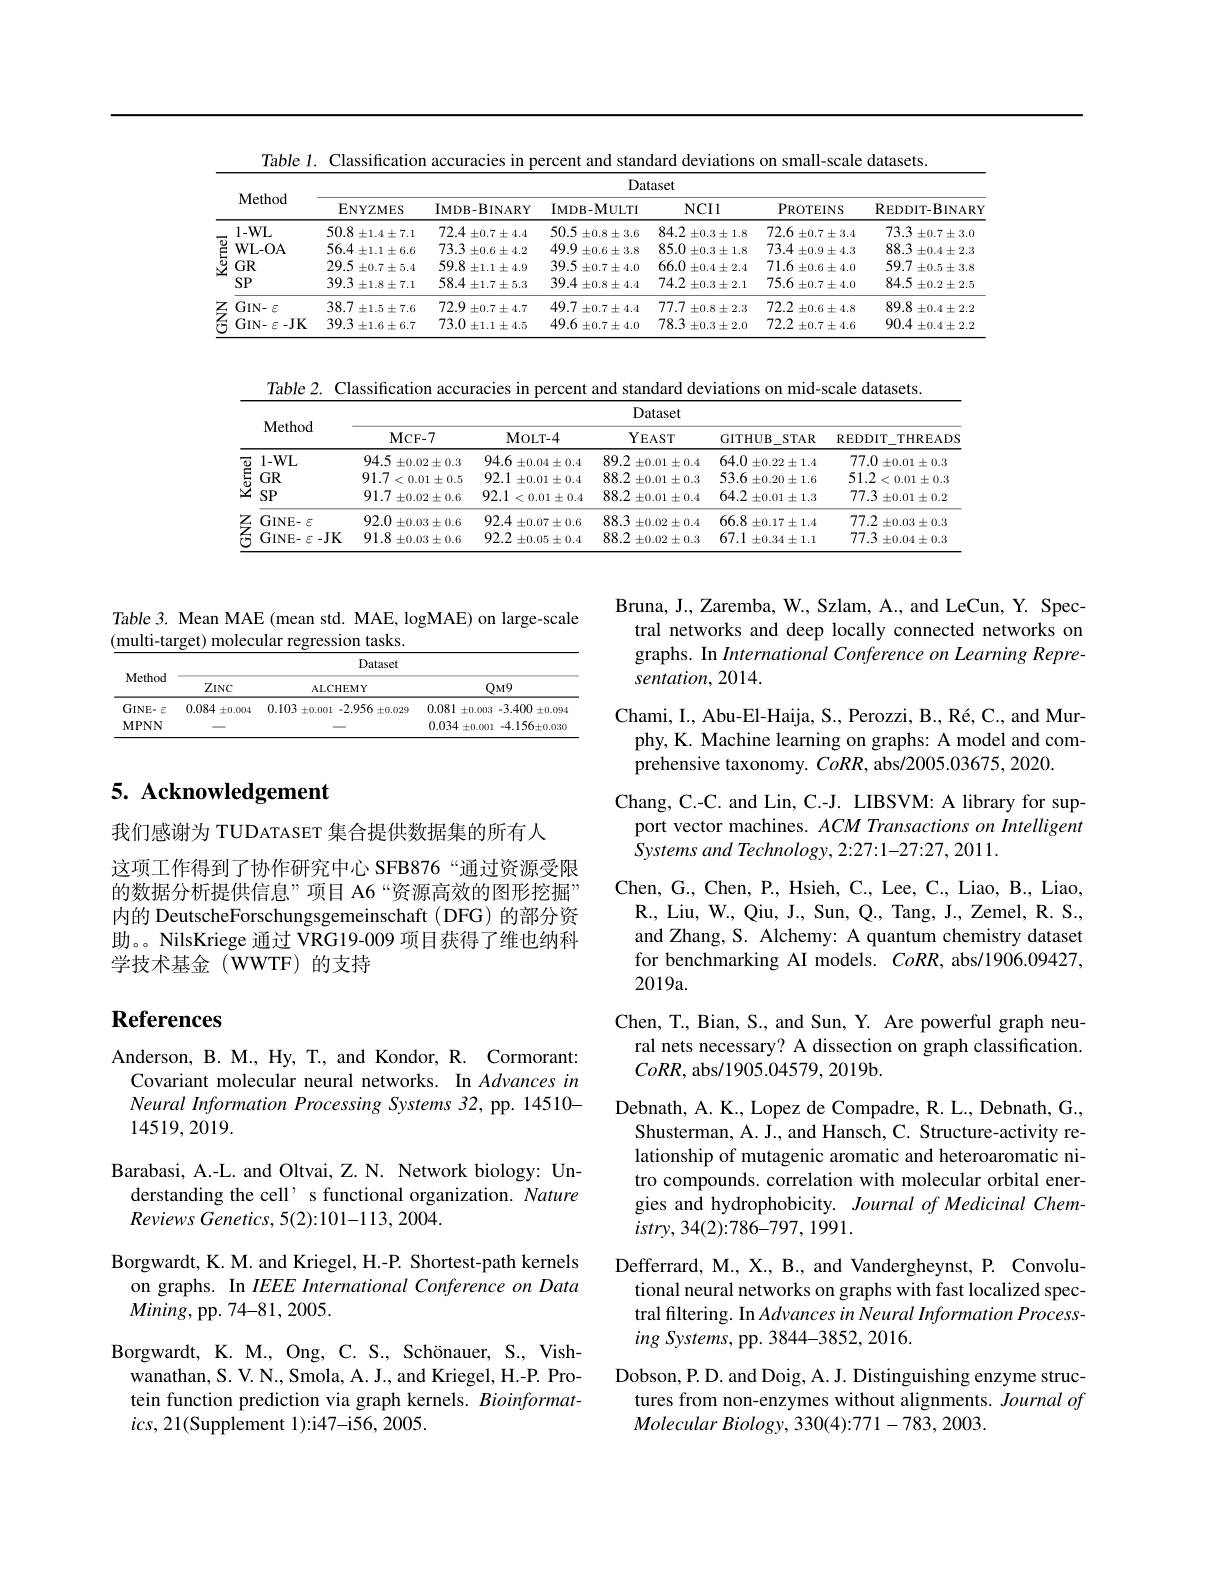
Table 1. Classification accuracies in percent and standard deviations on small-scale datasets.
<table>
	<tbody>
		<tr>
			<th> </th>
			<th rowspan="2">Method</th>
			<th colspan="6">Dataset</th>
		</tr>
		<tr>
			<th> </th>
			<th>ENYZMES</th>
			<th>$IMDB-BINARY$</th>
			<th>$IMDB-MULTI$</th>
			<th>NCIl</th>
			<th>PROTEINS</th>
			<th>REDDIT- BINAR</th>
		</tr>
		<tr>
			<td rowspan="4">$\begin{array}{c}{{\overline{\underrightarrow{0}}}}\\{{\underline{5}}}\\{{\underline{2}}}\end{array}$</td>
			<td>$1-WL$</td>
			<td>50.8= $\pm1.4\pm7.1$</td>
			<td>$72.4\pm0.7\pm4.4$</td>
			<td>50.5 $\pm0.8\pm3.6$</td>
			<td>84.2 $\pm0.3\pm1.8$ 1</td>
			<td>72.6 $\pm0.7\pm3.4$</td>
			<td>$73.3\pm0.7\pm3.0$</td>
		</tr>
		<tr>
			<td>$\mathbf{WL-OA}$</td>
			<td>$56.4\pm1.1\pm6.6$</td>
			<td>$73.3\pm0.6\pm4.2$</td>
			<td>49.9 $\pm0.6\pm3.8$</td>
			<td>85.0 $\pm0.3\pm1.8$</td>
			<td>$73.4\pm0.9\pm4.3$</td>
			<td>88.3 5. $\pm0.4\pm2.3$</td>
		</tr>
		<tr>
			<td>$GR$</td>
			<td>29.5 $\pm0.7\pm5.4$</td>
			<td>59.8 $\pm1.1\pm4.9$</td>
			<td>39.5 $\pm0.7\pm4.0$</td>
			<td>66.0 $\pm0.4\pm2.4$</td>
			<td>$71.6\pm0.6\pm4.0$</td>
			<td>59.7 $\pm0.5\pm3.8$</td>
		</tr>
		<tr>
			<td>SP</td>
			<td>$39.3\pm1.8\pm7.1$</td>
			<td>$58.4\pm1.7\pm5.3$</td>
			<td>$39.4\pm0.8\pm4.4$</td>
			<td>74.2 : $\pm0.3\pm2.1$</td>
			<td>$75.6\pm0.7\pm4.0$</td>
			<td>84.5 $\pm0.2\pm2.5$</td>
		</tr>
		<tr>
			<td rowspan="2">$Z$</td>
			<td>$GIN-\varepsilon$</td>
			<td>38.7 $\pm1.5\pm7.6$</td>
			<td>72.9 $\pm0.7\pm4.7$</td>
			<td>49.7 $\pm0.7\pm4.4$</td>
			<td>77.7 $\pm0.8\pm2.3$</td>
			<td>72.2 $\pm0.6\pm4.8$</td>
			<td>$89.8\pm0.4\pm2.2$</td>
		</tr>
		<tr>
			<td>GIN- $\varepsilon$- JK</td>
			<td>39.3 ; $\pm1.6\pm6.7$</td>
			<td>73.0 $\pm1.1\pm4.5$</td>
			<td>$49.6\pm0.7\pm4.0$</td>
			<td>78.3= $\pm0.3\pm2.0$</td>
			<td>72.2 $\pm0.7\pm4.6$</td>
			<td>$90.4\pm0.4\pm2.2$</td>
		</tr>
	</tbody>
</table>

Table 2. Classification accuracies in percent and standard deviations on mid-scale datasets.
<table>
	<tbody>
		<tr>
			<th> </th>
			<th rowspan="2">Method</th>
			<th colspan="5">Dataset</th>
		</tr>
		<tr>
			<th> </th>
			<th>MCF- 7</th>
			<th>MoLT- 4</th>
			<th>$YEAST$</th>
			<th>GITHUB STAR</th>
			<th>REDDIT THREADS</th>
		</tr>
		<tr>
			<td rowspan="3">1 </td>
			<td>$1-WL$</td>
			<td>94.5 $\pm0.02\pm0.3$</td>
			<td>94.6 $\pm0.04\pm0.4$ 1</td>
			<td>89.2 $\pm0.01\pm0.4$</td>
			<td>64.0 1. $\pm0.22\pm1.4$</td>
			<td>77.0 $\pm0.01\pm0.3$</td>
		</tr>
		<tr>
			<td>$GR$</td>
			<td>$91.7<0.01\pm0.5$</td>
			<td>92.1 $\pm0.01\pm0.4$</td>
			<td>88.2 $\pm0.01\pm0.3$</td>
			<td>53.6= $\pm0.20\pm1.6$</td>
			<td>$51.2<0.01\pm0.3$</td>
		</tr>
		<tr>
			<td>SP</td>
			<td>91.7= $\pm0.02\pm0.6$</td>
			<td>$92.1<0.01\pm0.4$</td>
			<td>88.2 $\pm0.01\pm0.4$ 1 </td>
			<td>64.2 $\pm0.01\pm1.3$ 1</td>
			<td>$77.3\pm0.01\pm0.2$</td>
		</tr>
		<tr>
			<td rowspan="2">$Z$</td>
			<td>GINE- $\Xi$</td>
			<td>92.0 $\pm0.03\pm0.6$</td>
			<td>$92.4\pm0.07\pm0.6$</td>
			<td>88.3 $\pm0.02\pm0.4$</td>
			<td>66.8= $\pm0.17\pm1.4$</td>
			<td>$77.2\pm0.03\pm0.3$ </td>
		</tr>
		<tr>
			<td>GINE- $\xi$- JK</td>
			<td>91.8 $\pm0.03\pm0.6$</td>
			<td>92.2 $\pm0.05\pm0.4$</td>
			<td>88.2 $\pm0.02\pm0.3$</td>
			<td>67.1 $\pm0.34\pm1.1$</td>
			<td>77.3 $\pm0.04\pm0.3$</td>
		</tr>
	</tbody>
</table>

Table 3. Mean MAE (mean std. MAE, logMAE) on large-scale
$(\underline{\text{multi-target) molecular regression tasks.}}$

<table>
	<tbody>
		<tr>
			<th rowspan="2">Method</th>
			<th colspan="4">Dataset</th>
		</tr>
		<tr>
			<th>$ZINC$</th>
			<th>ALCHEMY</th>
			<th colspan="2">QM9</th>
		</tr>
		<tr>
			<td>$GINE.$ $\cdot E$</td>
			<td>0.084 $\pm0.004$</td>
			<td>0.103 3 $\pm 0. 001$ -2.956 $5\pm0.029$</td>
			<td>0.081 $\pm0.003$</td>
			<td>-3.400 i $\pm0.09.0$</td>
		</tr>
		<tr>
			<td>MPNN</td>
			<td> </td>
			<td> </td>
			<td>0.034 $\pm0.001$</td>
			<td>D1 $-4.156\pm0.030$</td>
		</tr>
	</tbody>
</table>

## 5. Acknowledgement

我们感谢为 TUDATASET 集合提供数据集的所有人
这项工作得到了协作研究中心 SFB876“通过资源受限的数据分析提供信息”项目 A6“资源高效的图形挖掘” 内的 DeutscheForschungsgemeinschaft (DFG) 的部分资助。。NilsKriege 通过 VRG19-009 项目获得了维也纳科学技术基金(WWTF)的支持

Bruna, J., Zaremba, W., Szlam, A., and LeCun, Y. Spectral networks and deep locally connected networks on graphs. In International Conference on Learning Representation, 2014.
Chami, I. , Abu- El- Haija, S. , Perozzi, B. , R$\acute{e}$, C. , and Mur- phy, K. Machine learning on graphs: A model and comprehensive taxonomy. $CoRR$, abs/2005.03675, 2020.
Chang, C.-C. and Lin, C.-J. LIBSVM: A library for sup-
port vector machines. $ACM\textit{Transactions on Intelligent}$
Systems and Technology, 2:27:1-27:27, 2011.
Chen, G., Chen, P., Hsieh, C., Lee, C., Liao, B., Liao, $\mathbf{R}.$, Liu, W., Qiu, J., Sun, Q., Tang, J., Zemel, R. S., and Zhang, S. Alchemy: A quantum chemistry dataset for benchmarking AI models. $CoRR$, abs/1906.09427, 2019a.
Chen, T., Bian, S., and Sun, Y. Are powerful graph neu-
ral nets necessary? A dissection on graph classification.
$CoRR$, abs/1905.04579, 2019b.
Debnath, A. K., Lopez de Compadre, R. L., Debnath, G., Shusterman, A. J., and Hansch, C. Structure-activity relationship of mutagenic aromatic and heteroaromatic nitro compounds. correlation with molecular orbital energies and hydrophobicity. Journal of Medicinal Chem- $istry,34(2):786-797,1991.$
Defferrard, M., X., B., and Vandergheynst, P. Convolutional neural networks on graphs with fast localized spectral filtering. In Advances in Neural Information Process- $ing\textit{Systems, pp. 3844- 3852, 2016. }$
Dobson, P. D. and Doig, A. J. Distinguishing enzyme struc-
tures from non-enzymes without alignments. Journal of
Molecular Biology, 330(4):771-783, 2003.

## References

Anderson, B. M., Hy, T., and Kondor, R. Cormorant: Covariant molecular neural networks. In Advances in Neural Information Processing Systems 32, pp. 14510- 14519,2019.
Barabasi, A.-L. and Oltvai, Z. N. Network biology: Un-
derstanding the cell' s functional organization. Nature
Reviews Genetics, 5(2):101-113, 2004.
Borgwardt, K. M. and Kriegel, H.-P. Shortest-path kernels on graphs. In IEEE International Conference on Data $Mining$, pp. 74-81, 2005.
Borgwardt, K. M., Ong, C. S., Schönauer, S., Vish-
wanathan, S. V. N., Smola, A. J., and Kriegel, H.-P. Protein function prediction via graph kernels. Bioinformat- $ics,21($Supplement 1):i47-i56,2005.